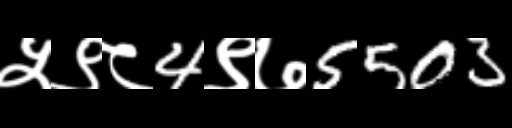
Text: ५९८4९७5503